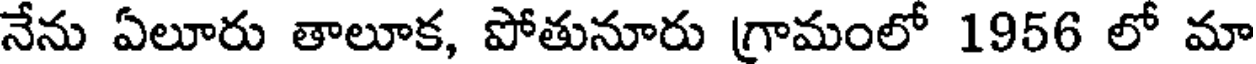
నేను ఏలూరు తాలూక, పోతునూరు గ్రామంలో 1956 లో మా